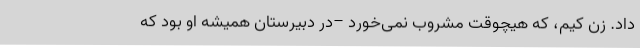
داد. زِن کیم، که هیچوقت مشروب نمی‌خورد –در دبیرستان همیشه او بود که